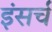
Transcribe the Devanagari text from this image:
इंसर्च